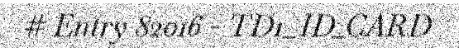
# Entry 82016 - TD1_ID_CARD